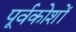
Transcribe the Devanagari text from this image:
पूर्वकोशों